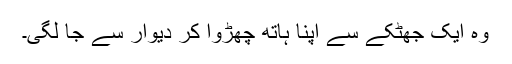
وہ ایک جھٹکے سے اپنا ہاتھ چھڑوا کر دیوار سے جا لگی۔